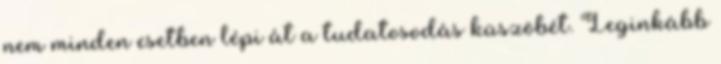
nem minden esetben lépi át a tudatosodás küszöbét. Leginkább